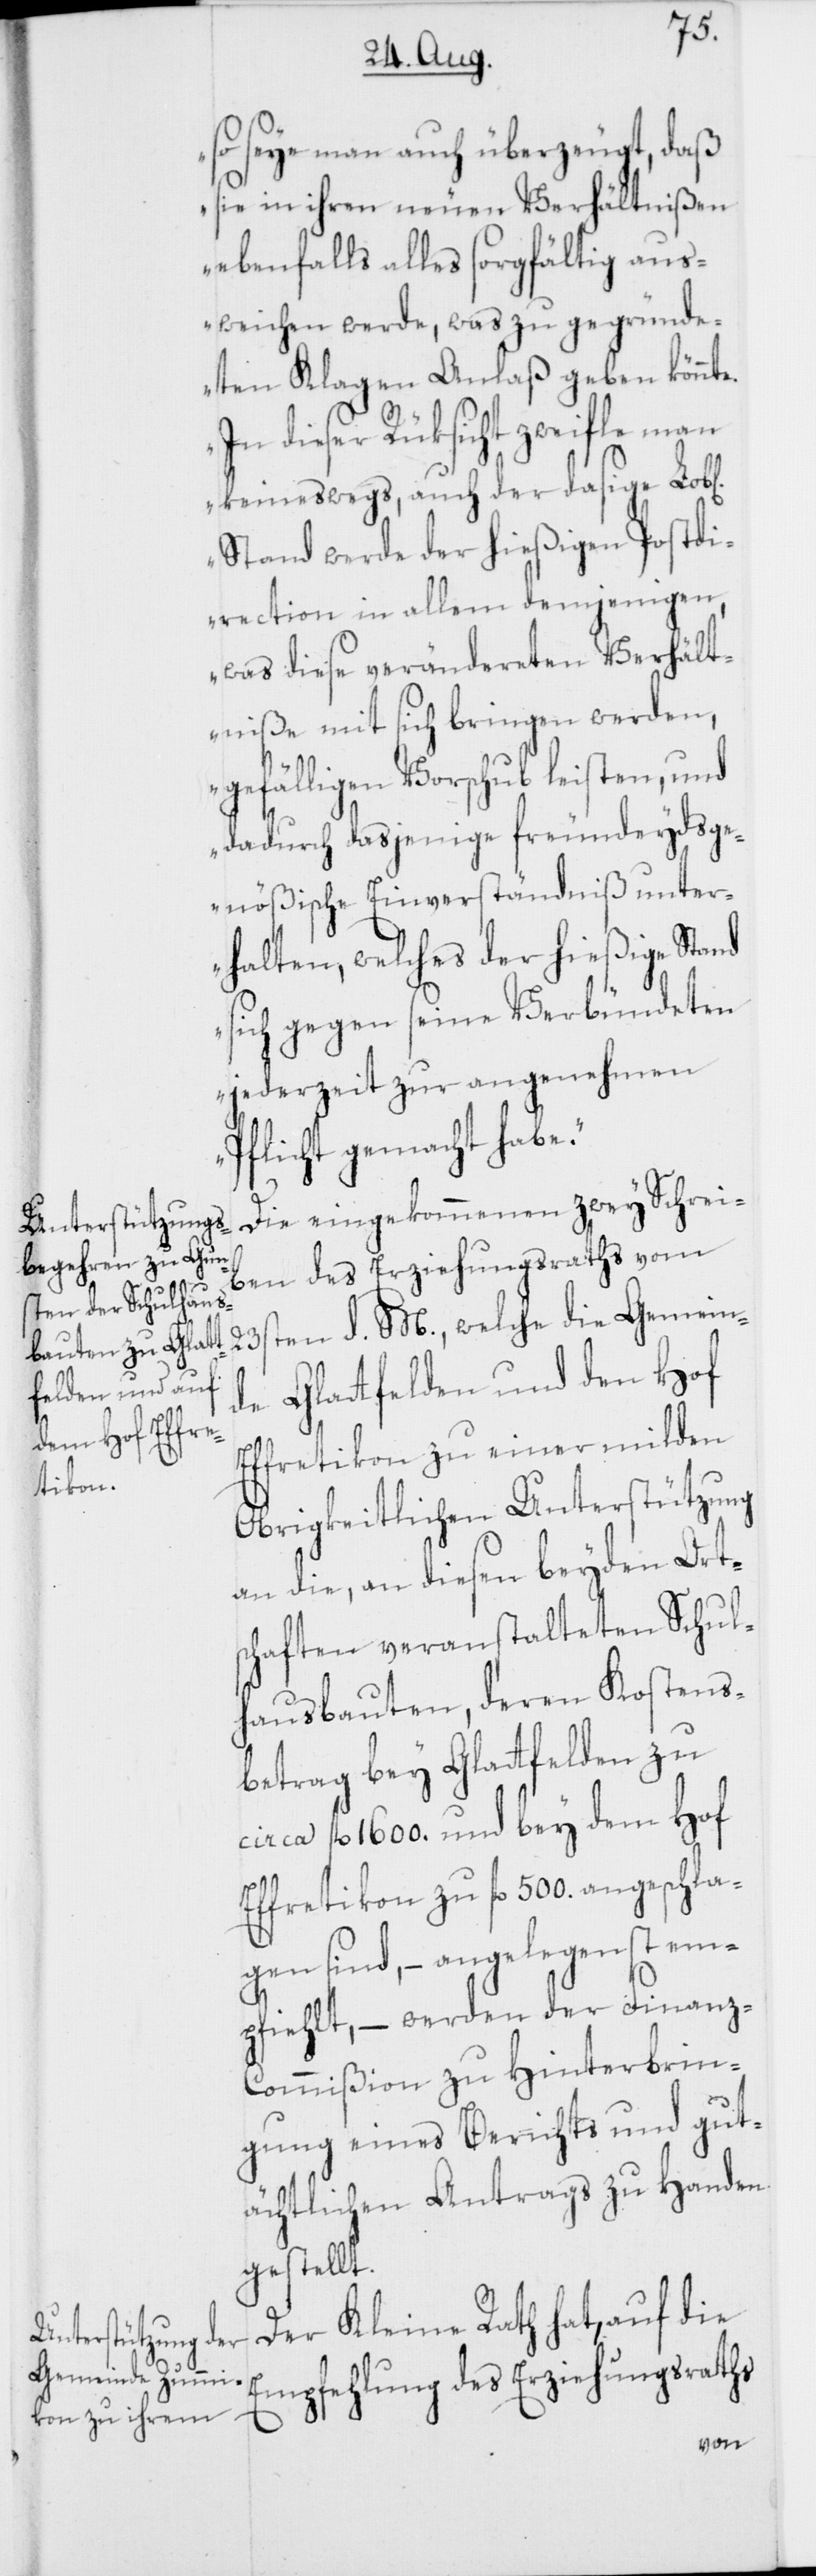
cir¬

so seye man auch überzeugt, daß
sie in ihren neuen Verhältnißen
ebenfalls alles sorgfältig aus¬
weichen werde, was zu gegründe¬
ten Klagen Anlaß geben könnte.
In dieser Rüksicht zweifle man
keineswegs, auch der dasige Lob[l¬
Stand werde der hießigen Postdi¬
rection in allem demjenigen,
was diese verändereten Verhält¬
niße mit sich bringen werden,
gefälligen Vorschub leisten, und
dadurch dasjenige freundeydsge¬
nößische Einverständniß unter¬
halten, welches der hießige Stand
sich gegen seine Verbündeten
jederzeit zur angenehmen
Pflicht gemacht habe.“
Die eingekommenen zwey Schrei¬
ben des Erziehungsraths vom
23sten d. M., welche die Gemein¬
de Glattfelden und den Hof
Effretikon zu einer milden
Obrigkeitlichen Unterstützung
an die, an diesen beyden Ort¬
schaften veranstalteten Schul¬
hausbauten, deren Kostens¬
betrag bey Glattfelden zu
ca fl. 1600. und bey dem Hof
Effretikon zu fl. 500 angeschla¬
gen sind, – angelegenst em¬
pfiehlt, – werden der Finanz-C¬
ommißion zu Hinterbrin¬
gung eines Berichts und gut¬
ächtlichen Antrags zu Handen
gestellt.
Der Kleine Rath hat, auf die
Empfehlung des Erziehungsraths